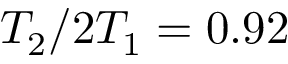
T _ { 2 } / 2 T _ { 1 } = 0 . 9 2